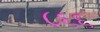
૮૬૬